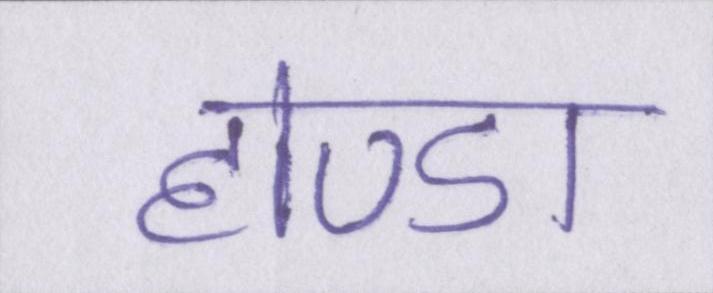
होण्डा